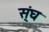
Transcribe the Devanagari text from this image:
स्ंघ